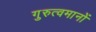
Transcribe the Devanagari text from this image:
गुरुत्वमानों